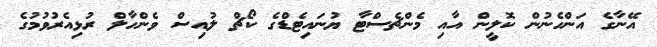
އޭނާގެ އަންހެނުން ކޮލީން އާއި މެންޗެސްޓާ ޔުނައިޓެޑްގެ ކޯޗް ލުއިސް ވެންހާލް ރުޅިއެރުވުމުގެ